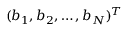
( b _ { 1 } , b _ { 2 } , \ldots , b _ { N } ) ^ { T }